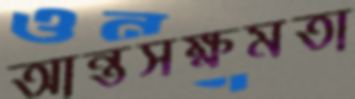
আন্তসক্ষমতা